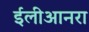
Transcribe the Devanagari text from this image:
ईलीआनरा